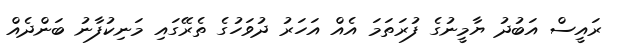
ރައީސް އަބުދު ޔާމީނުގެ ފުރަތަމަ އެއް އަހަރު ދުވަހުގެ ތެރޭގައި މަނިކުފާނު ބަންދެއް